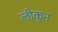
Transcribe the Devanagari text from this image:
लीकुन